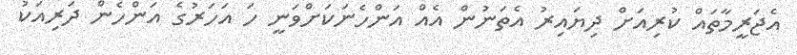
އެޖަރީމާތައް ކުރިއަށް ދިޔައިރު އެތަނުން އެއް އަންހެނަކަށްވަނީ ހަ އަހަރުގެ އަންހެން ދަރިއަކު